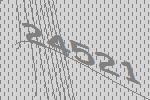
24521